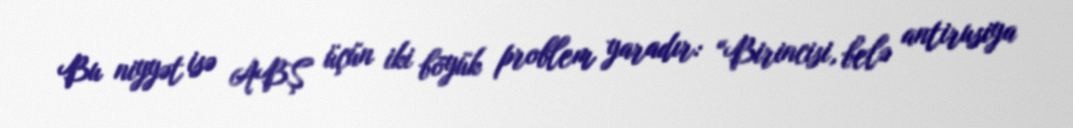
Bu niyyət isə ABŞ üçün iki böyük problem yaradır: “Birincisi, belə antirusiya